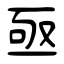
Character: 亟